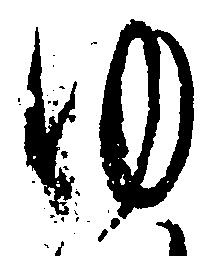
ゆ